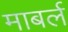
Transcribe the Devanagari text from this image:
माबर्ल